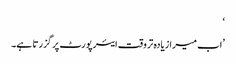
‘
’اب میرا زیادہ تر وقت ایئرپورٹ پر گزرتا ہے۔